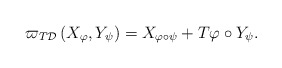
\begin{align*}\varpi _{T\mathcal{D}}\left( X_{\varphi },Y_{\psi }\right)=X_{\varphi \circ \psi }+T\varphi \circ Y_{\psi }. \end{align*}